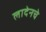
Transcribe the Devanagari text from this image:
लादेनचे